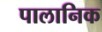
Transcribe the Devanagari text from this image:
पालानिक